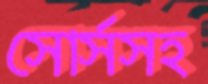
সোর্সসহ